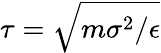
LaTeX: \tau=\sqrt{m\sigma^{2}/\epsilon}